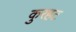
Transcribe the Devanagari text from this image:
कुरहट